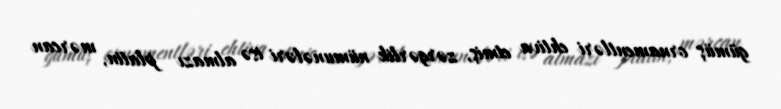
gümüş ornamentləri ehtiva etmiş, zərgərlik nümunələri isə almazı platin, mərcan